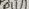
Text: D11/1